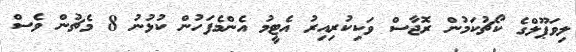
ލިވަޕޫލްގެ ކޯޗުކަމުން ރޮޖާސް ވަކިކުރިއިރު އެޓީމު އެންމެފަހުން ކުޅުނު 8 މެޗުން ވެސް